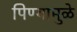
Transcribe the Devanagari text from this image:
पिण्यामुळे